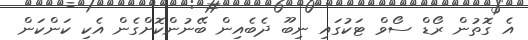
އެ ގޮތުން ރޯޑް ސޯވް ޓަކުގައި ނިބޫ ދެބެއިން ބޭނުންކޮށްގެން އެކި ކަންކަން